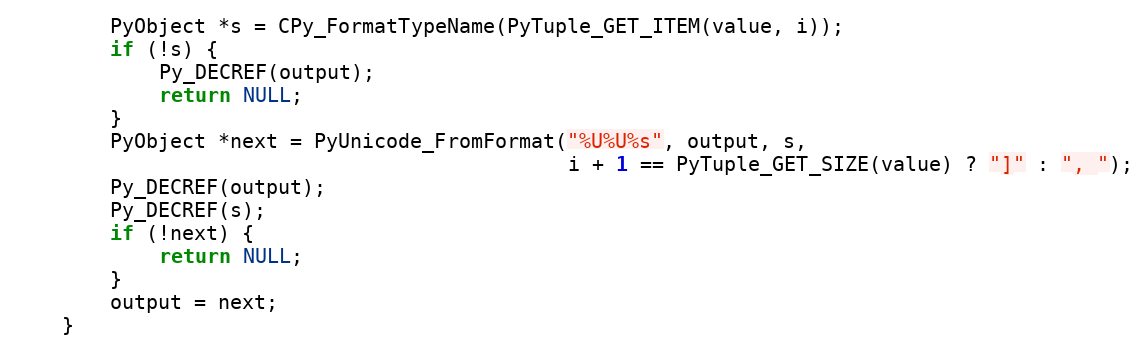
Language: C
        PyObject *s = CPy_FormatTypeName(PyTuple_GET_ITEM(value, i));
        if (!s) {
            Py_DECREF(output);
            return NULL;
        }
        PyObject *next = PyUnicode_FromFormat("%U%U%s", output, s,
                                              i + 1 == PyTuple_GET_SIZE(value) ? "]" : ", ");
        Py_DECREF(output);
        Py_DECREF(s);
        if (!next) {
            return NULL;
        }
        output = next;
    }